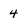
Character: 4